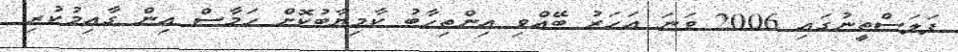
ފަލަސްތީނުގައި 2006 ވަނަ އަހަރު ބޭއްވި އިންތިހާބު ކާމިޔާބުކޮށް ހަމާސް އިން ގާއިމުކުރި